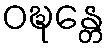
ဝဍ္ဎန္တေ